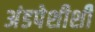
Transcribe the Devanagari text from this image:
अंडपेशीशी